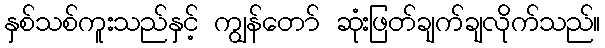
နှစ်သစ်ကူးသည်နှင့် ကျွန်တော် ဆုံးဖြတ်ချက်ချလိုက်သည်။